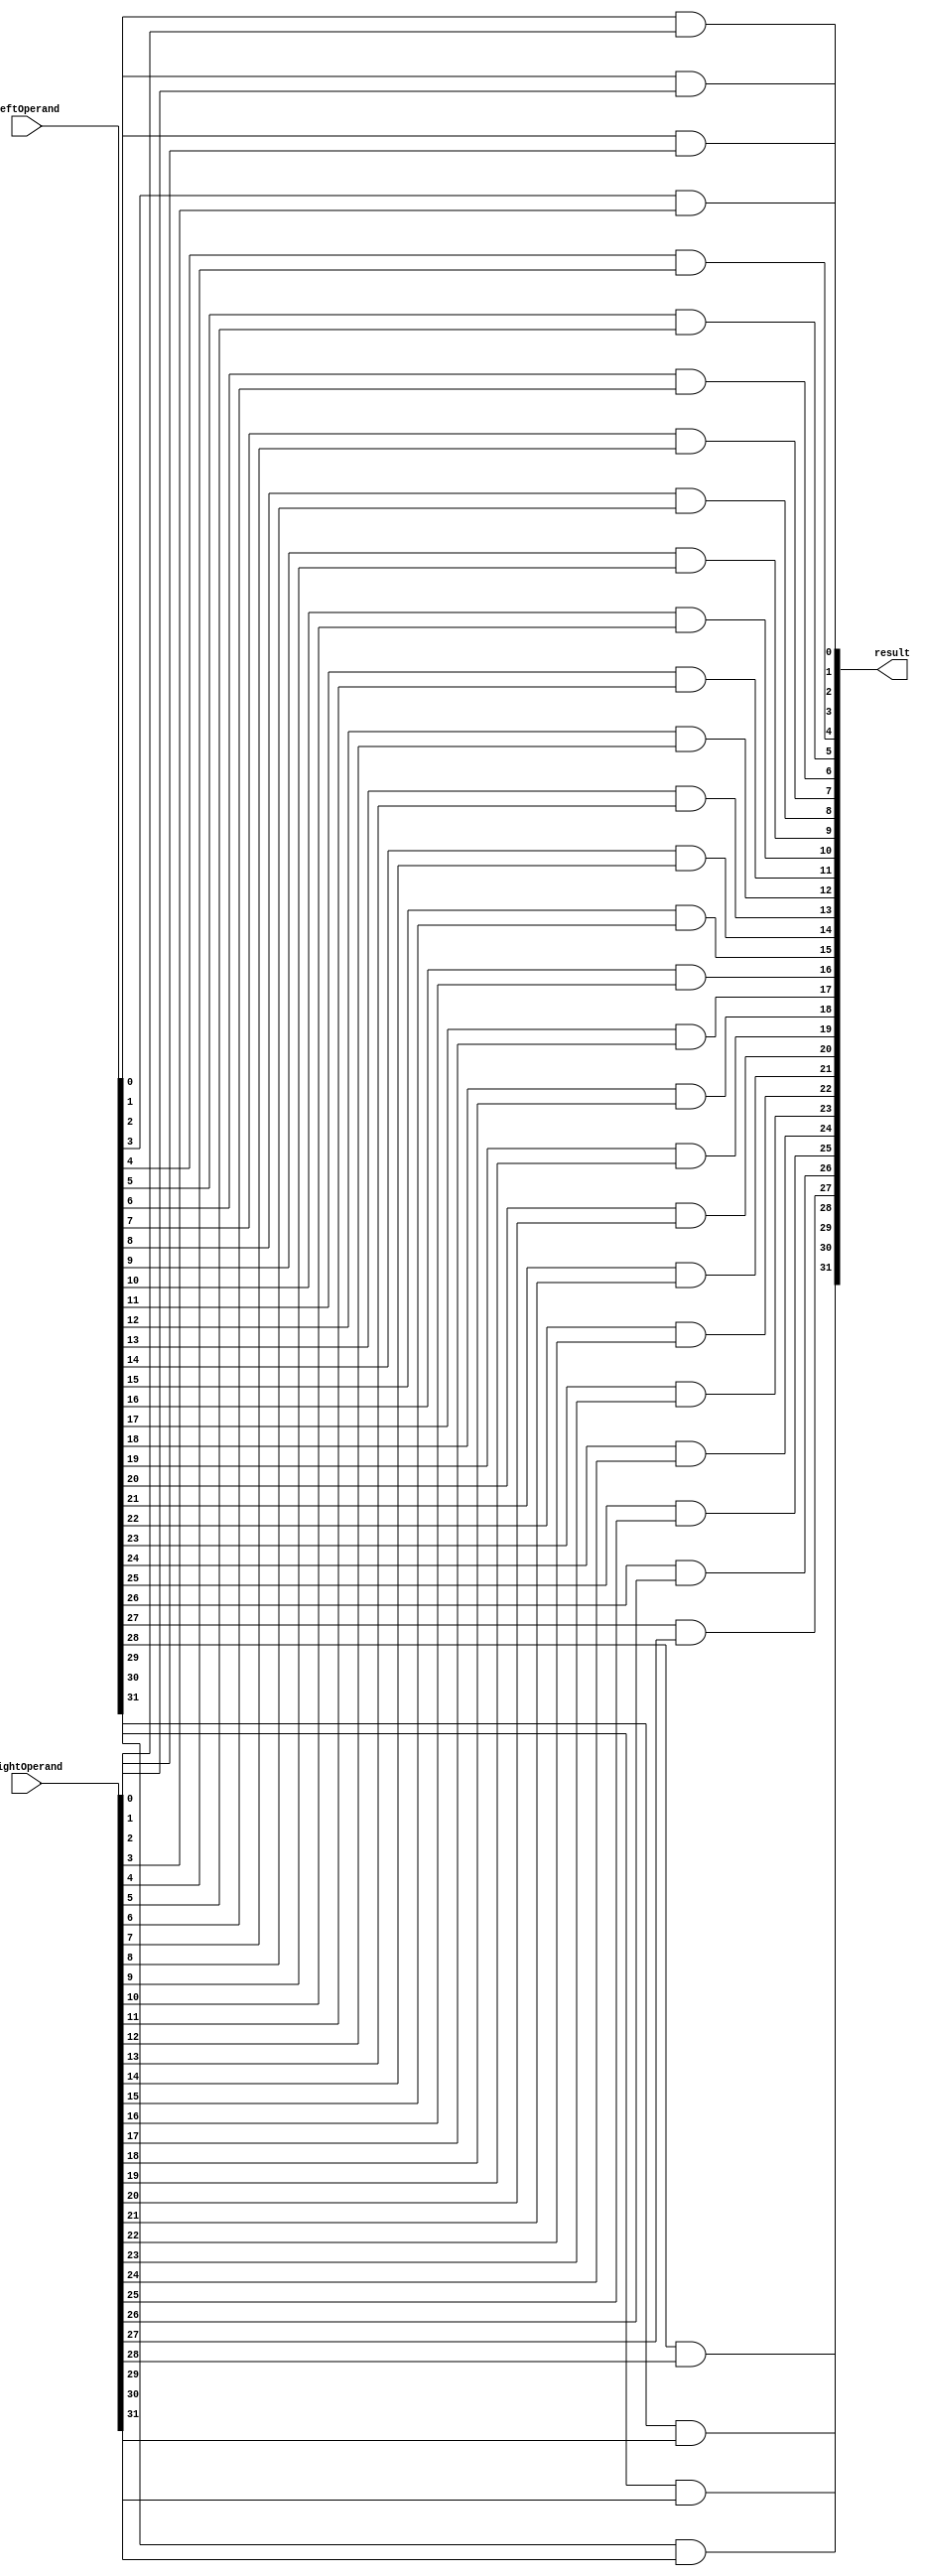
module And32b(
    leftOperand,
    rightOperand,
    result
);
    input wire [31:0] leftOperand;
    input wire [31:0] rightOperand;
    output wire [31:0] result;

    assign result[0]  = leftOperand[0]  & rightOperand[0];
    assign result[1]  = leftOperand[1]  & rightOperand[1];
    assign result[2]  = leftOperand[2]  & rightOperand[2];
    assign result[3]  = leftOperand[3]  & rightOperand[3];
    assign result[4]  = leftOperand[4]  & rightOperand[4];
    assign result[5]  = leftOperand[5]  & rightOperand[5];
    assign result[6]  = leftOperand[6]  & rightOperand[6];
    assign result[7]  = leftOperand[7]  & rightOperand[7];
    assign result[8]  = leftOperand[8]  & rightOperand[8];
    assign result[9]  = leftOperand[9]  & rightOperand[9];
    assign result[10] = leftOperand[10] & rightOperand[10];
    assign result[11] = leftOperand[11] & rightOperand[11];
    assign result[12] = leftOperand[12] & rightOperand[12];
    assign result[13] = leftOperand[13] & rightOperand[13];
    assign result[14] = leftOperand[14] & rightOperand[14];
    assign result[15] = leftOperand[15] & rightOperand[15];
    assign result[16] = leftOperand[16] & rightOperand[16];
    assign result[17] = leftOperand[17] & rightOperand[17];
    assign result[18] = leftOperand[18] & rightOperand[18];
    assign result[19] = leftOperand[19] & rightOperand[19];
    assign result[20] = leftOperand[20] & rightOperand[20];
    assign result[21] = leftOperand[21] & rightOperand[21];
    assign result[22] = leftOperand[22] & rightOperand[22];
    assign result[23] = leftOperand[23] & rightOperand[23];
    assign result[24] = leftOperand[24] & rightOperand[24];
    assign result[25] = leftOperand[25] & rightOperand[25];
    assign result[26] = leftOperand[26] & rightOperand[26];
    assign result[27] = leftOperand[27] & rightOperand[27];
    assign result[28] = leftOperand[28] & rightOperand[28];
    assign result[29] = leftOperand[29] & rightOperand[29];
    assign result[30] = leftOperand[30] & rightOperand[30];
    assign result[31] = leftOperand[31] & rightOperand[31];

endmodule